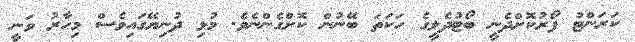
ކަރަންޓު ފޯރުކޮށްދެނީ ބޯޓުދެލީގެ ހަކަތަ ބޭނުން ކޮށްގެންނެވެ. މުޅި ދުނިޔޭގައިވެސް މިހާރު ވަނީ